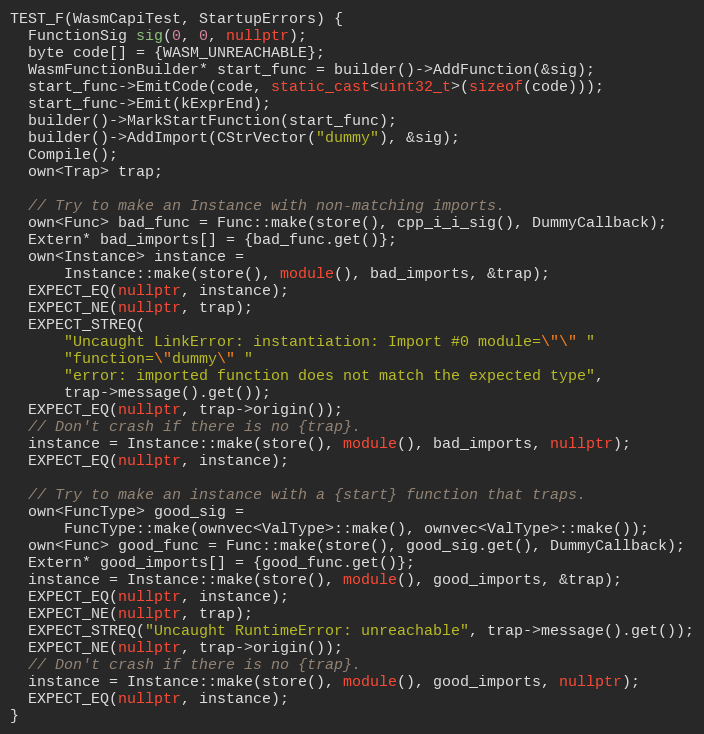
Language: C++
TEST_F(WasmCapiTest, StartupErrors) {
  FunctionSig sig(0, 0, nullptr);
  byte code[] = {WASM_UNREACHABLE};
  WasmFunctionBuilder* start_func = builder()->AddFunction(&sig);
  start_func->EmitCode(code, static_cast<uint32_t>(sizeof(code)));
  start_func->Emit(kExprEnd);
  builder()->MarkStartFunction(start_func);
  builder()->AddImport(CStrVector("dummy"), &sig);
  Compile();
  own<Trap> trap;

  // Try to make an Instance with non-matching imports.
  own<Func> bad_func = Func::make(store(), cpp_i_i_sig(), DummyCallback);
  Extern* bad_imports[] = {bad_func.get()};
  own<Instance> instance =
      Instance::make(store(), module(), bad_imports, &trap);
  EXPECT_EQ(nullptr, instance);
  EXPECT_NE(nullptr, trap);
  EXPECT_STREQ(
      "Uncaught LinkError: instantiation: Import #0 module=\"\" "
      "function=\"dummy\" "
      "error: imported function does not match the expected type",
      trap->message().get());
  EXPECT_EQ(nullptr, trap->origin());
  // Don't crash if there is no {trap}.
  instance = Instance::make(store(), module(), bad_imports, nullptr);
  EXPECT_EQ(nullptr, instance);

  // Try to make an instance with a {start} function that traps.
  own<FuncType> good_sig =
      FuncType::make(ownvec<ValType>::make(), ownvec<ValType>::make());
  own<Func> good_func = Func::make(store(), good_sig.get(), DummyCallback);
  Extern* good_imports[] = {good_func.get()};
  instance = Instance::make(store(), module(), good_imports, &trap);
  EXPECT_EQ(nullptr, instance);
  EXPECT_NE(nullptr, trap);
  EXPECT_STREQ("Uncaught RuntimeError: unreachable", trap->message().get());
  EXPECT_NE(nullptr, trap->origin());
  // Don't crash if there is no {trap}.
  instance = Instance::make(store(), module(), good_imports, nullptr);
  EXPECT_EQ(nullptr, instance);
}